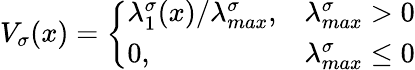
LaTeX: V_{\sigma}(x)=\left\{ \begin{array}{ll}{\lambda_{1}^{\sigma}(x)/\lambda_{max}^{\sigma},}&{\lambda_{max}^{\sigma}>0}\\ {0,}&{\lambda_{max}^{\sigma}\leq 0}\end{array}\right.